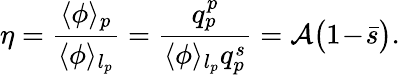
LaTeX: \eta=\frac{\langle\phi\rangle_{p}}{\langle\phi\rangle_{l_{p}}}=\frac{q_{p}^{p}}{\langle\phi\rangle_{l_{p}}q_{p}^{s}}={\cal A}\bigl(1\! -\! \bar{s}\bigr).